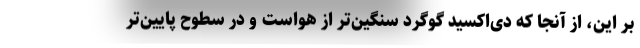
بر این، از آنجا که دی‌اکسید گوگرد سنگین‌تر از هواست و در سطوح پایین‌تر